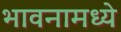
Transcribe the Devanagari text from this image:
भावनामध्ये